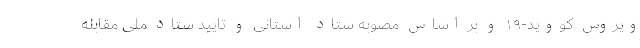
ویروس کووید-۱۹ و بر اساس مصوبه ستاد استانی و تایید ستاد ملی مقابله